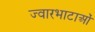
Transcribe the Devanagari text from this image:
ज्वारभाटाओं